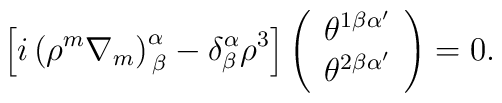
\left[ i\left( \rho^m\nabla_m\right)^\alpha_{\,\beta} -  \delta^\alpha_\beta\rho^3\right]\left(\begin{array}{c} \theta^{1\beta\alpha'} \\  \theta^{2\beta\alpha'}\end{array}\right) =0 .